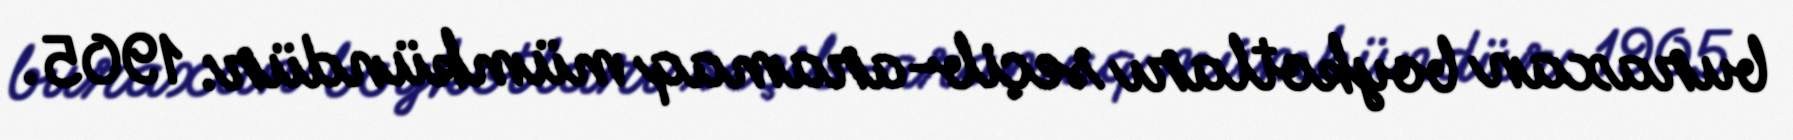
buraxan boykotları seçib-aramaq mümkündür: 1905.